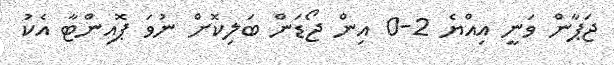
ޖަޕާން ވަނީ އިއްޔެ 2-0 އިން ޖޯޑަން ބަލިކޮށް ނުވަ ޕޮއިންޓާ އެކު